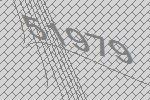
51979